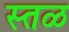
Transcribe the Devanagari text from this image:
स्तळ